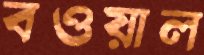
বওয়াল